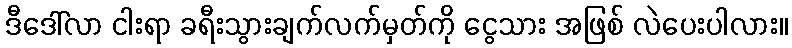
ဒီဒေါ်လာ ငါးရာ ခရီးသွားချက်လက်မှတ်ကို ငွေသား အဖြစ် လဲပေးပါလား။